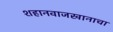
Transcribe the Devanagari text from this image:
शहानवाजखानाचा